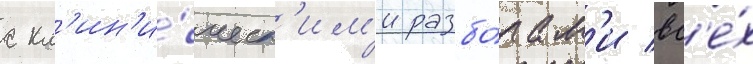
с кл'ин'и́ческ'им'и разбо́рам'и вс'е́х